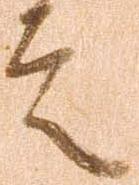
言